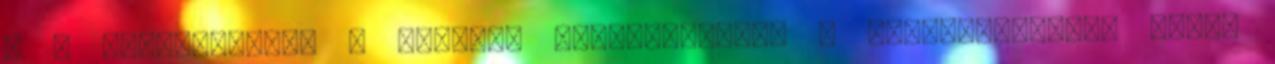
: A legfontosabb a krumpli kiválasztása, a legmegfelelőbb fajta